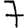
Digit: 7